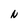
Character: N